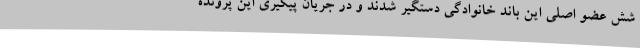
شش عضو اصلی این باند خانوادگی دستگیر شدند و در جریان پیگیری این پرونده